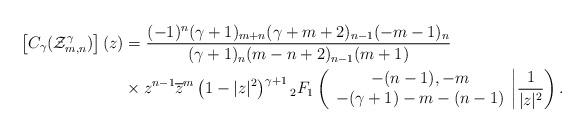
LaTeX: \begin{align*}\left[C_{\gamma}(\mathcal{Z}_{m,n}^{\gamma}) \right](z)&= \dfrac{(-1)^{n} (\gamma+1)_{m+n} (\gamma+m+2)_{n-1} (-m-1)_{n}} {(\gamma +1)_{n} (m-n+2)_{n-1}(m+1)} \\& \times z^{n-1} \overline{z}^{m} \left(1-|z|^2\right)^{\gamma+1} {_2F_1}\left( \begin{array}{c} -(n-1), - m \\ -(\gamma+1)-m-(n-1) \end{array}\bigg |\frac{1}{|z|^2}\right).\end{align*}